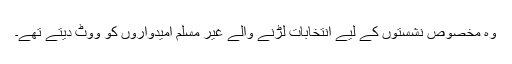
وہ مخصوص نشستوں کے لیے انتخابات لڑنے والے غیر مسلم امیدواروں کو ووٹ دیتے تھے۔